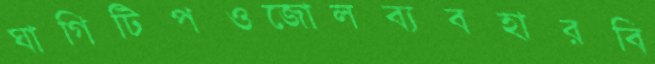
ঘাগিটিপওজোলব্যবহারবি